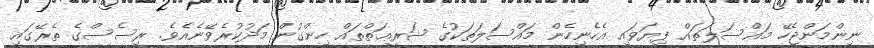
ނިންމަންޖެހޭ މައްސަލަތައް ފިޔަވައި އެހެނިހެން މައްސަލަތަކުގެ ޝަރީޢަތްތައް ހިންގުން މަދުކުރެވޭނެއެވެ. ރިސެސްގެ ތެރޭގައި